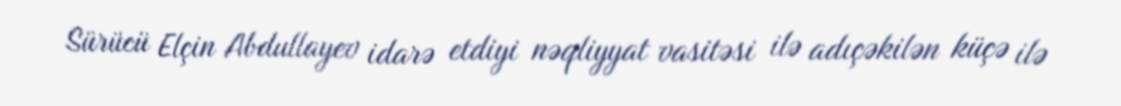
Sürücü Elçin Abdullayev idarə etdiyi nəqliyyat vasitəsi ilə adıçəkilən küçə ilə